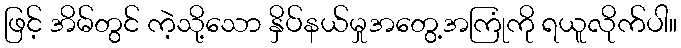
ဖြင့် အိမ်တွင် ကဲ့သို့သော နှိပ်နယ်မှုအတွေ့အကြုံကို ရယူလိုက်ပါ။